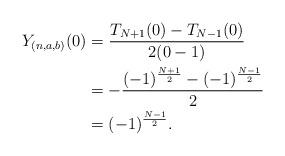
LaTeX: \begin{align*}Y_{(n,a,b)}(0)&=\frac{T_{N+1}(0)-T_{N-1}(0)}{2(0-1)}\\&=-\frac{(-1)^{\frac{N+1}{2}}-(-1)^{\frac{N-1}{2}}}{2}\\&=(-1)^{\frac{N-1}{2}}.\end{align*}